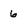
Character: 6